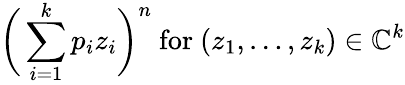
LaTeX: {\biggl(}\sum_{i=1}^{k}p_{i}z_{i}{\biggr)}^{n}{\mathrm{~for~}}(z_{1},\ldots,z_{k})\in\mathbb{C}^{k}